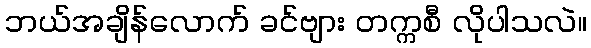
ဘယ်အချိန်လောက် ခင်ဗျား တက္ကစီ လိုပါသလဲ။